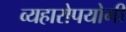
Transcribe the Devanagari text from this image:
व्यहारोपयोगी